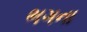
ભગના